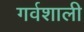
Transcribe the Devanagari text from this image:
गर्वशाली